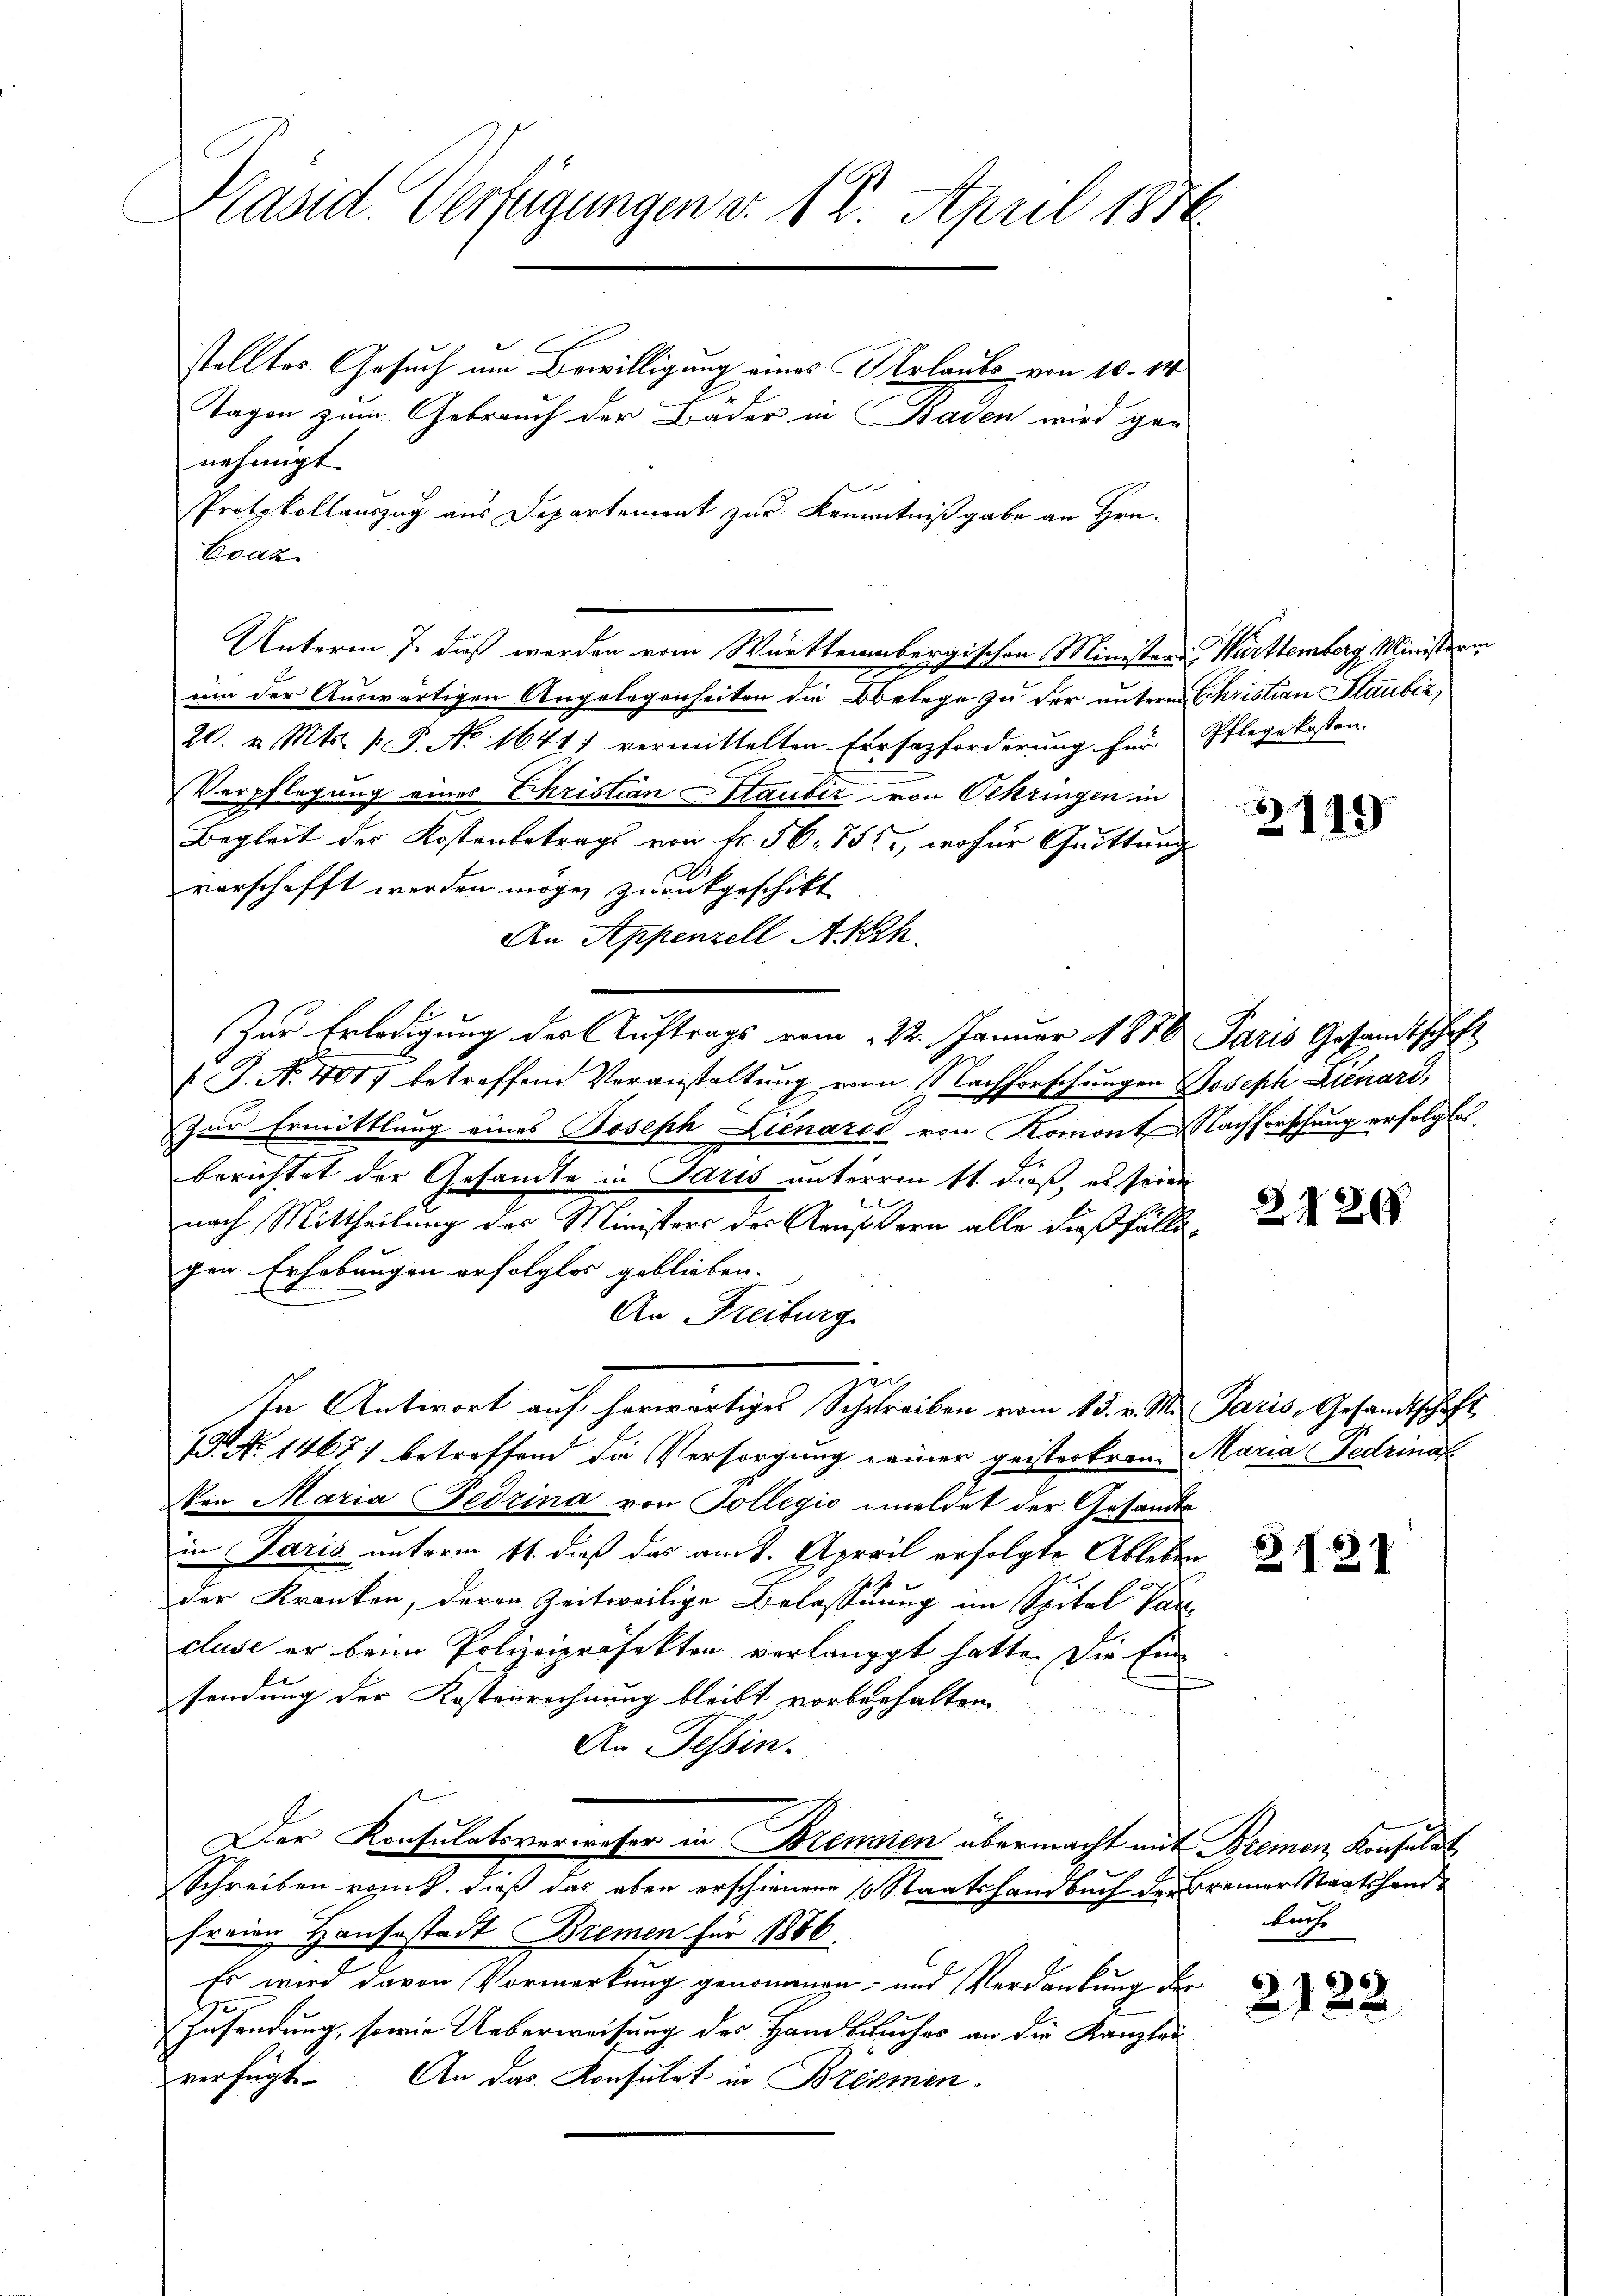
Präsid. Verfügungen v. 18. April 1876

stelltes Gesuch am Bewilligung eines Urlaube von 10. 14
Tagen zum Gebrauch der Bader in Baden wird gan-
nehmigt.
Protokollauszug aus Departement zur Kenntnißgabe an Hrn.
Evaz
um der Auswärtigen Angelegenheiten die Obelege zu der unterm Christian Staubić,
20. v. Mts. /: P. No 1641) vermittelten Errsazforderung für Pflegekosten.
Verpflegung eines Christian Staubiz von Oekringen in
Begleit der Kostenbetrags von Fr. 56. 751, woher Quittung
verschafft werden möge, zurückgeschikt
An Appenzell Akth.
Zur Erledigung der Auftrags vom 22. Januar 1856 Paris Gesamtschaft
 P. Nr. 401 betreffend Veranstaltung von Nachforschungen Joseph Lienard,
zur Ermittlung eines Joseph Linarii von Romont Nachforschung erfolgte
u
berichtet der Gesandte in Paris unterm 11. dieß, es seine
E
nach Mittheilung des Ministers des Aeußern alle dießfällsgen Erhebungen erfolglos geblieben. |
An Freiburg
zu
In Antwort auf herwärtiges Schreiben vom 15. v. M. Paris, Gesandtschaft
B. No 1467) betreffend die Versorgung einer geisterkram Maria Fedringt
Von Maria Fedrina von Tollegio meldet der Gesandte
in Paris unterm 11. dieß das am 8. April erfolgte Ableben
der Kranken, deren Zeitweilige Belassung im Spital Parcluse er beim Polizeipräfekten verlangt hatte. Die Einsendung der Kostenrechnung bleibt vorbehalten.
An Tessin.
Der Konsulatsverweser in Brennien übermacht mit Bremen, Konsulat
Schreiben remit, dieß das eben erschienene 10 Staatsfandbuch der Brenner Staatshandfreien Hausestadt Bremen für 1886.
Es wird davon Vormerkung genommen- und Verdankung der
Zusendung, sowie Ueberweisung des Handbuches an die Kanzlei
verfügt. An das Konsulat in Bremen

Unterm 7. daß werden vom Württembergischen Ministere Württemberg, Minister

2149

2126

§731

bürfe

2182